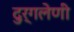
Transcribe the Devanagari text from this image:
दुर्गलेणी